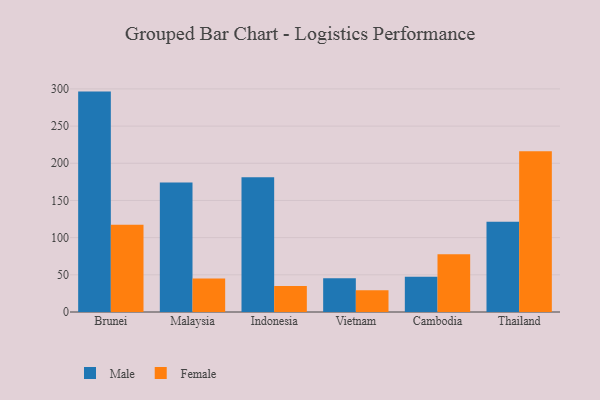
{"axis": {"x": "Country", "y": "Backlog"}, "legend": ["Female", "Male"], "data": [{"x": "Brunei", "y": 296.4, "type": "Male"}, {"x": "Brunei", "y": 117.5, "type": "Female"}, {"x": "Malaysia", "y": 174.0, "type": "Male"}, {"x": "Malaysia", "y": 45.1, "type": "Female"}, {"x": "Indonesia", "y": 181.1, "type": "Male"}, {"x": "Indonesia", "y": 34.8, "type": "Female"}, {"x": "Vietnam", "y": 45.4, "type": "Male"}, {"x": "Vietnam", "y": 29.2, "type": "Female"}, {"x": "Cambodia", "y": 47.5, "type": "Male"}, {"x": "Cambodia", "y": 77.5, "type": "Female"}, {"x": "Thailand", "y": 121.4, "type": "Male"}, {"x": "Thailand", "y": 216.3, "type": "Female"}]}